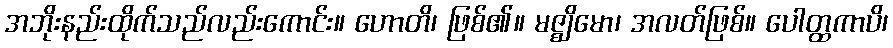
အဘိုးနည်းထိုက်သည်လည်းကောင်း။ ဟောတိ၊ ဖြစ်၏။ မဇ္ဈိမော၊ အလတ်ဖြစ်။ ပေါတ္ထကာပိ၊